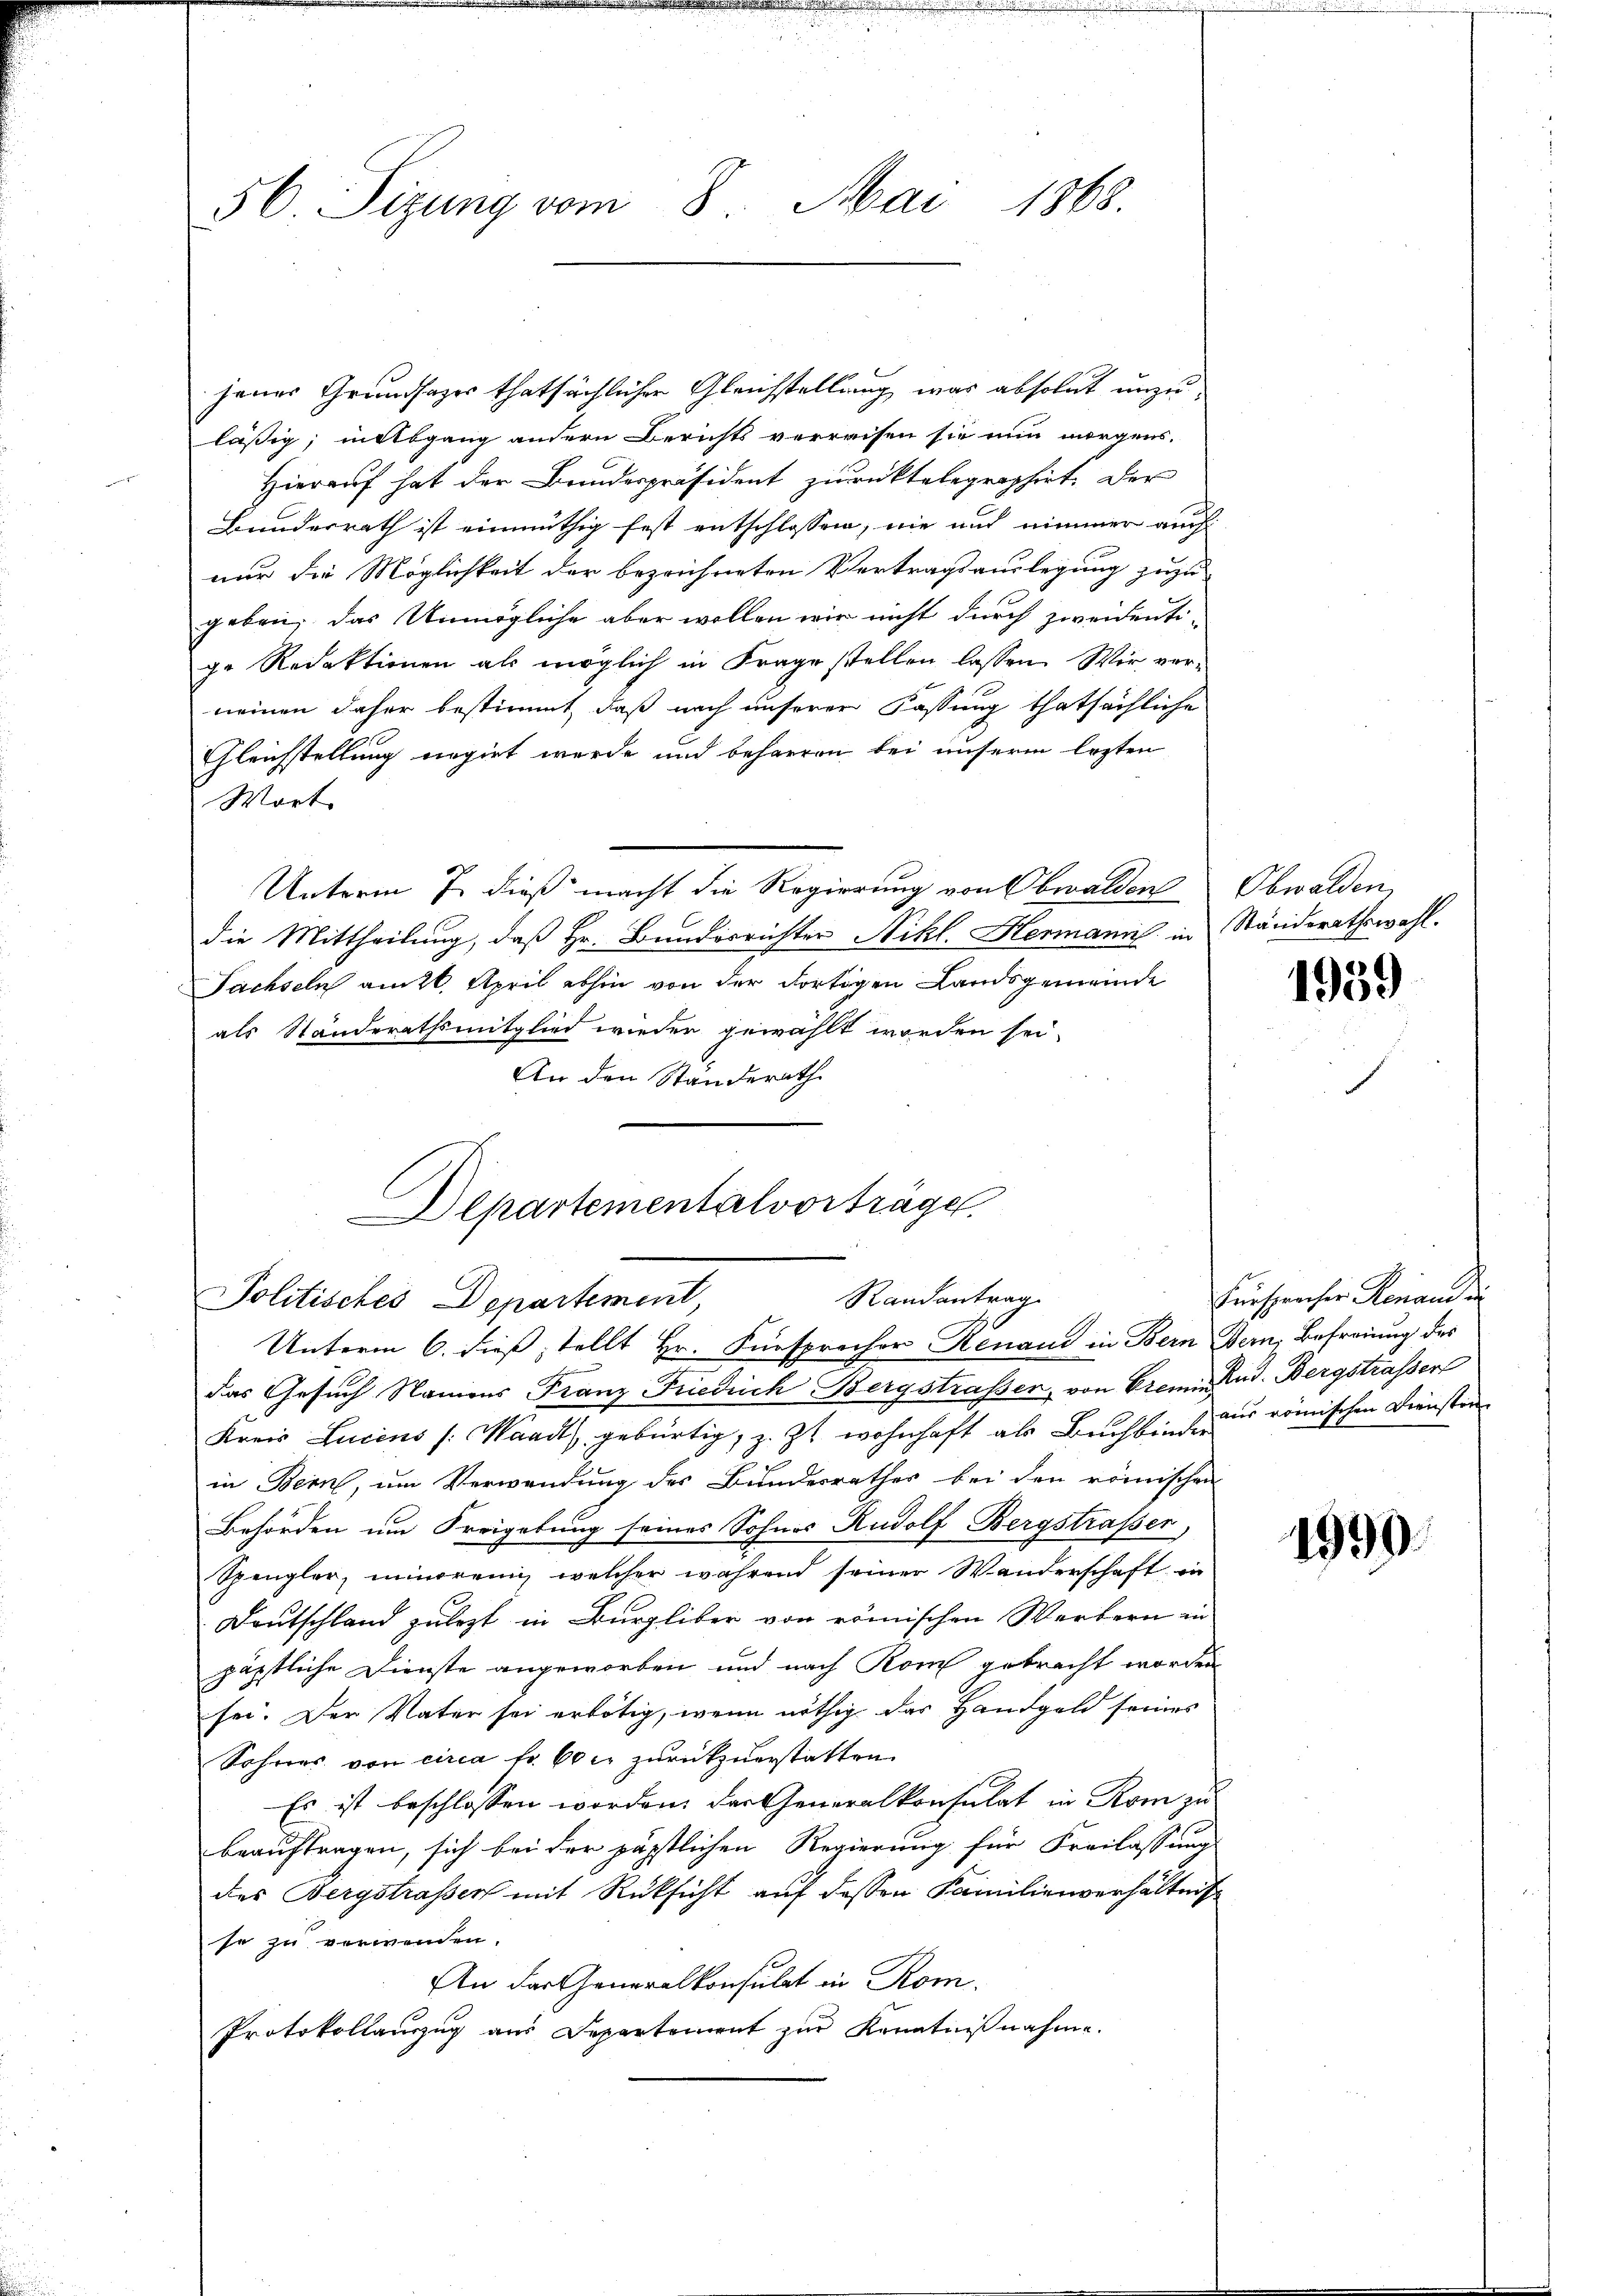
56 Sizung vom 8. Mai 1868.

jenes Grundsazer thatsächlicher Gleichstellung was absolut unzulässig, mitbgang andern Berichts verreisen sie nun morgens.
Hierauf hat der Bundespräsident zurücktelegraphirt. Der
Bunderrath ist einmüthig fest entschlossen, nie und nimmer auch
nur die Möglichkeit der bezeichneten Vertragsauslegung zuzu-
geben, das Unmögliche aber wollen wir nicht durch zweidenti-
ge Redaktionen als möglich in Frage stellen lassen. Wir ver-
neinen daher bestimmt, daß nach unserer Fassung thatsächliche
Gleichstellung negirt werde und beharren bei unserm lezten
Wort
Unterm 7. dieß macht die Regierung von Obwalden Obwalden,
die Mittheilung, daß Hr. Bunderrichter Nikl. Hermanns in Ständerathswahl.
Fachseln am 26. April abhin von der dortigen Landsgemeinde
als Ständerathsmitglied wieder gewählt worden sei,
An den Ständerath

Departementalvorträge,
Randantrag
Politisches Departement
Unterm 6. dieß stellt Hr. Fürsprecher Renand in Bern Bern, Befreiung des

das Gesuch Namens Franz Friedrich Bergstrasser, von Bremen Rud. Bergstrasser
Kreis Lucens (Waadt, gebürtig, z. Zt. wohnhaft als Buchbindus römischen Diensten
in Bern, um Verwendung des Bundesrathes bei den römischen
Behörden um Freigebung seines Sohnes Rudolf Bergstrasser,
Spengler, minoren, welcher während seiner Wanderschaft in
Deutschland zulezt in Burgliber von römischen Werbern in
päpstliche Dienste angeworben und nach Rom gebracht worden
sei. Der Vater sei erbötig, wenn nöthig das Handgeld seines
Sohnes von circa Fr. 60 er zurückzuerstatten.
Es ist beschlossen worden, der Generalkonsulat in Rom zu
beauftragen, sich bei der päpstlichen Regierung für Freilassung
des Bergstrassen mit Rüksicht auf dessen Familienverhältniß
se zu verwenden.
An das Generalkonsulat in Rom.
Protokollanzug aus Departement zur Kenntnißnahme.

1959

Fürsprecher Renaud d

1990